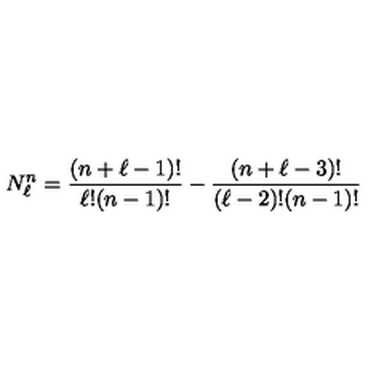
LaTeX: N _ { \ell } ^ { n } = \frac { ( n + \ell - 1 ) ! } { \ell ! ( n - 1 ) ! } - \frac { ( n + \ell - 3 ) ! } { ( \ell - 2 ) ! ( n - 1 ) ! }